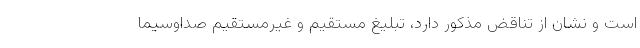
است و نشان از تناقض مذكور دارد، تبليغ مستقيم و غيرمستقيم صداوسيما